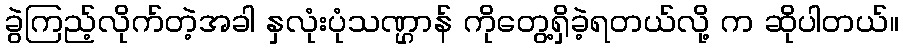
ခွဲကြည့်လိုက်တဲ့အခါ နှလုံးပုံသဏ္ဌာန် ကိုတွေ့ရှိခဲ့ရတယ်လို့ က ဆိုပါတယ်။